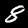
Digit: 8